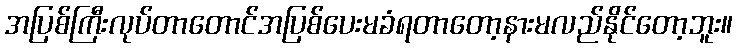
အပြစ်ကြီးလုပ်တာတောင်အပြစ်ပေးမခံရတာတော့နားမလည်နိုင်တော့ဘူး။